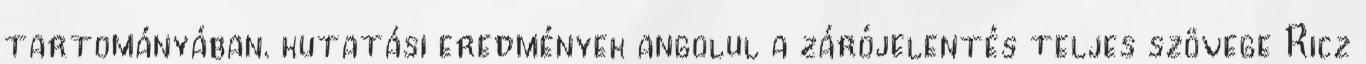
tartományában. kutatási eredmények angolul a zárójelentés teljes szövege Ricz